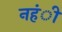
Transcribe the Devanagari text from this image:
नहंीं